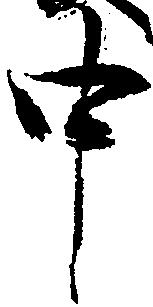
中